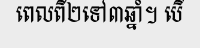
ពេលពី២ទៅ៣ឆ្នាំ។ បើ